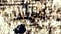
سجلاتك